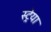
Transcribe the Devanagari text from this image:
स्ट्रेया